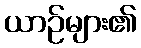
ယာဉ်များ၏